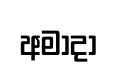
අමාදා